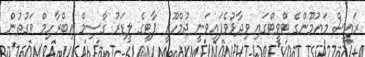
ރައީސް މައުމޫންގެ ޓްވީޓްގައި ވިދާޅުވެފައިވަނީ ޖުމްހޫރީ ޕާޓީގެ ލީޑަރު ގާސިމް އިބްރާހިމް ވަގުތުން